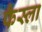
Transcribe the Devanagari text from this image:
फैस्ला